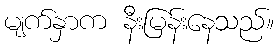
မျက်နှာက နီးမြန်းနေသည်။